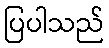
ပြပါသည်